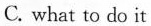
C. what to do it